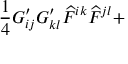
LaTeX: \frac { 1 } { 4 } G _ { i j } ^ { \prime } G _ { k l } ^ { \prime } { \cal \widehat { F } } ^ { i k } { \cal \widehat { F } } ^ { j l } +